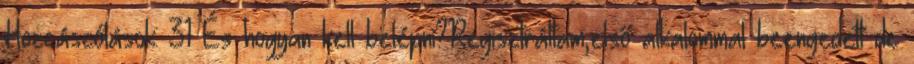
Hozzászólások: 31 És hogyan kell belépni?Regisztráltam,első alkalommal beengedett de